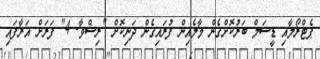
ޕެޓްރޯލާއި ޑީސަލް ބަރުކޮށްގެން މާލެއިން ފުރައިގެން ދަނިކޮށް "ރިޝްވާ- 4" ފަރަށް އަރާފައި